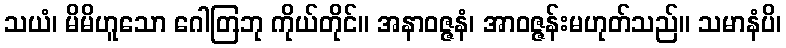
သယံ၊ မိမိဟူသော ဂေါတြဘု ကိုယ်တိုင်။ အနာဝဇ္ဇနံ၊ အာဝဇ္ဇန်းမဟုတ်သည်။ သမာနံပိ၊